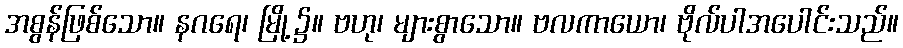
အစွန်ဖြစ်သော။ နဂရေ၊ မြို့၌။ ဗဟု၊ များစွာသော။ ဗလကာယော၊ ဗိုလ်ပါအပေါင်းသည်။